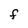
Character: F